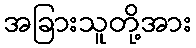
အခြားသူတို့အား